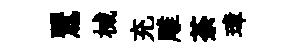
鸎械充雕荼璋